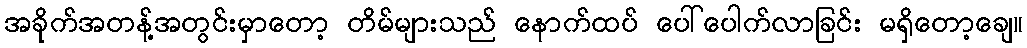
အခိုက်အတန့်အတွင်းမှာတော့ တိမ်များသည် နောက်ထပ် ပေါ်ပေါက်လာခြင်း မရှိတော့ချေ။